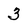
Character: 3